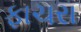
ફાચરા